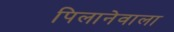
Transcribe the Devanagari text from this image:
पिलानेवाला